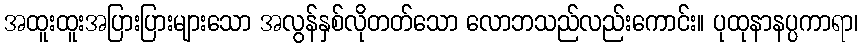
အထူးထူးအပြားပြားများသော အလွန်နှစ်လိုတတ်သော လောဘသည်လည်းကောင်း။ ပုထုနာနပ္ပကာရာ၊